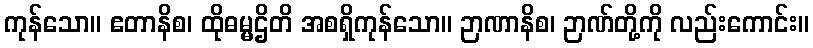
ကုန်သော။ ဧတာနိစ၊ ထိုဓမ္မဌိတိ အစရှိကုန်သော။ ဉာဏာနိစ၊ ဉာဏ်တို့ကို လည်းကောင်း။